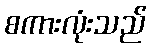
စကားလုံးသည်